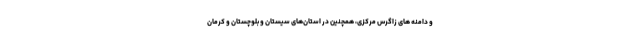
و دامنه های زاگرس مرکزی، همچنین در استان‌های سیستان و بلوچستان و کرمان